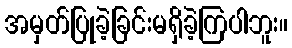
အမှတ်ပြုခဲ့ခြင်းမရှိခဲ့ကြပါဘူး။